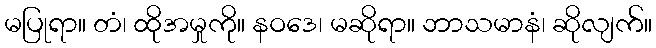
မပြုရာ။ တံ၊ ထိုအမှုကို။ နဝဒေ၊ မဆိုရာ။ ဘာသမာနံ၊ ဆိုလျက်။